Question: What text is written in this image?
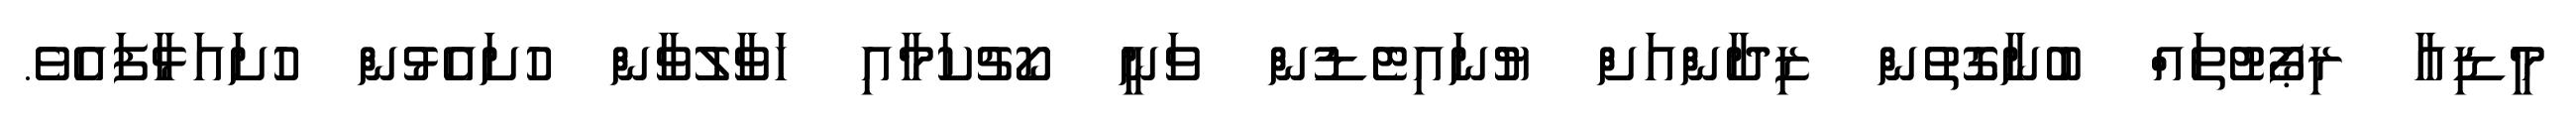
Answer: މީޑިއާ ރިޕޯޓުތައް ބުނާގޮތުން ޒިދާންއަށް ޔުނައިޓެޑުން ވަނީ ކޯޗުކަމާއި ހަވާލުވާން ހުށައެޅުން ހުށައަޅާފައެވެ.